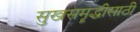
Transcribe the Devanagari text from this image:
सुखसमॄद्धीसाठी